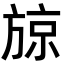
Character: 𭤼